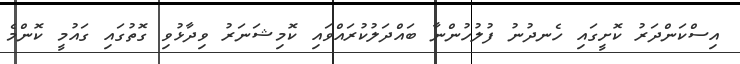
އިސްކަންދަރު ކޮށީގައި ހެނދުނު ފުލުހުންނާ ބައްދަލުކުރައްވައި ކޮމިޝަނަރު ވިދާޅުވި ގޮތުގައި ގައުމީ ކޮންމެ